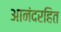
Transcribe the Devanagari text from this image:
आनंदरहित